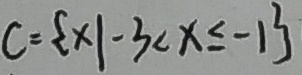
C = \{ x \vert - 3 < x \leq - 1 \}